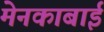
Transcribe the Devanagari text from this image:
मेनकाबाई